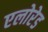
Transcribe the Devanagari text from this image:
एलोरेड